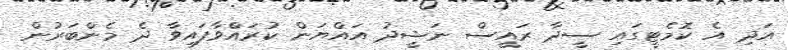
އަދި އެ ކޮމެޓީގައި ސީދާ ރައީސް ނަޝީދު އައްޔަން ކުރައްވާފައިވާ ދެ މެންބަރުން